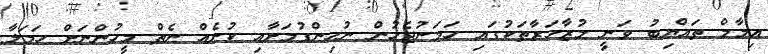
އިމާމް ތައްޔިބު ވަނީ މުޒާހަރާތަކުގައި ހަމަނުޖެހުން ނުހިންގުމަށާއި ކުށެއް ނެތް މީހުންނަށް ހަމަލާ